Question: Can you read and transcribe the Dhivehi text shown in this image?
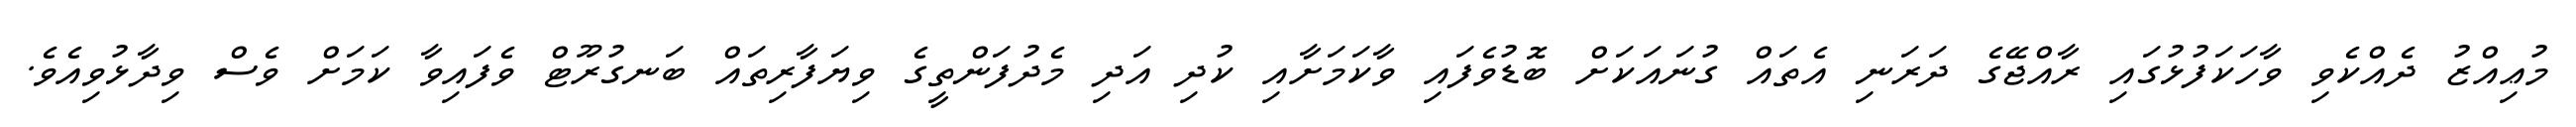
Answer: މުޢިއްޒު ދެއްކެވި ވާހަކަފުޅުގައި ރާއްޖޭގެ ދަރަނި އެތައް ގުނައަކަށް ބޮޑުވެފައި ވާކަމަށާއި ކުދި އަދި މެދުފަންތީގެ ވިޔަފާރިތައް ބަނގުރޫޓް ވެފައިވާ ކަމަށް ވެސް ވިދާޅުވިއެވެ.